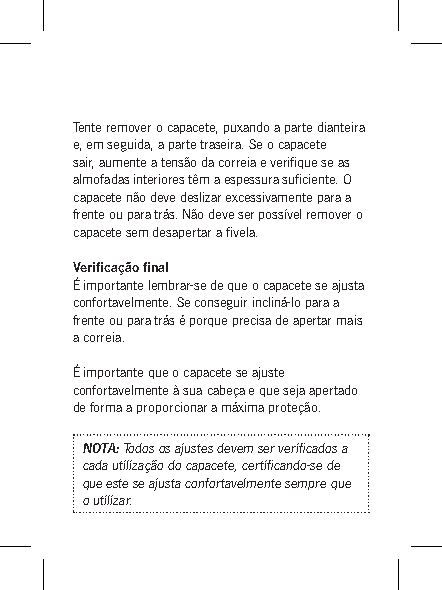
Tente remover o capacete, puxando a parte dianteira
 e, em seguida, a parte traseira. Se o capacete
 sair, aumente a tensão da correia e verifique se as
 almofadas interiores têm a espessura suficiente. O
 capacete não deve deslizar excessivamente para a
 frente ou para trás. Não deve ser possível remover o
 capacete sem desapertar a fivela.
 Verificação final
 É importante lembrar-se de que o capacete se ajusta
 confortavelmente. Se conseguir incliná-lo para a
 frente ou para trás é porque precisa de apertar mais
 a correia.
 É importante que o capacete se ajuste
 confortavelmente à sua cabeça e que seja apertado
 de forma a proporcionar a máxima proteção.
 NOTA: Todos os ajustes devem ser verificados a
 cada utilização do capacete, certificando-se de
 que este se ajusta confortavelmente sempre que
 o utilizar.